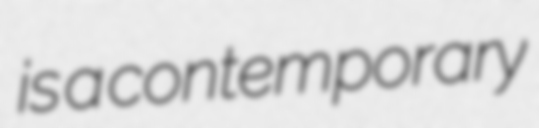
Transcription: is a contemporary